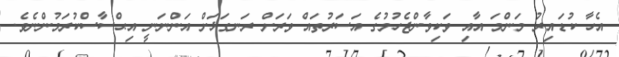
އެހާ ކުޑައިރު މަންމަ އާއި ވަކިވާންޖެހުމުގެ އަސަރުތައް ވަރަށް ރަނގަޅަށް އަންނަނީ އިޙްސާސްކުރަމުންނެވެ.